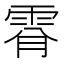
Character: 𩂪